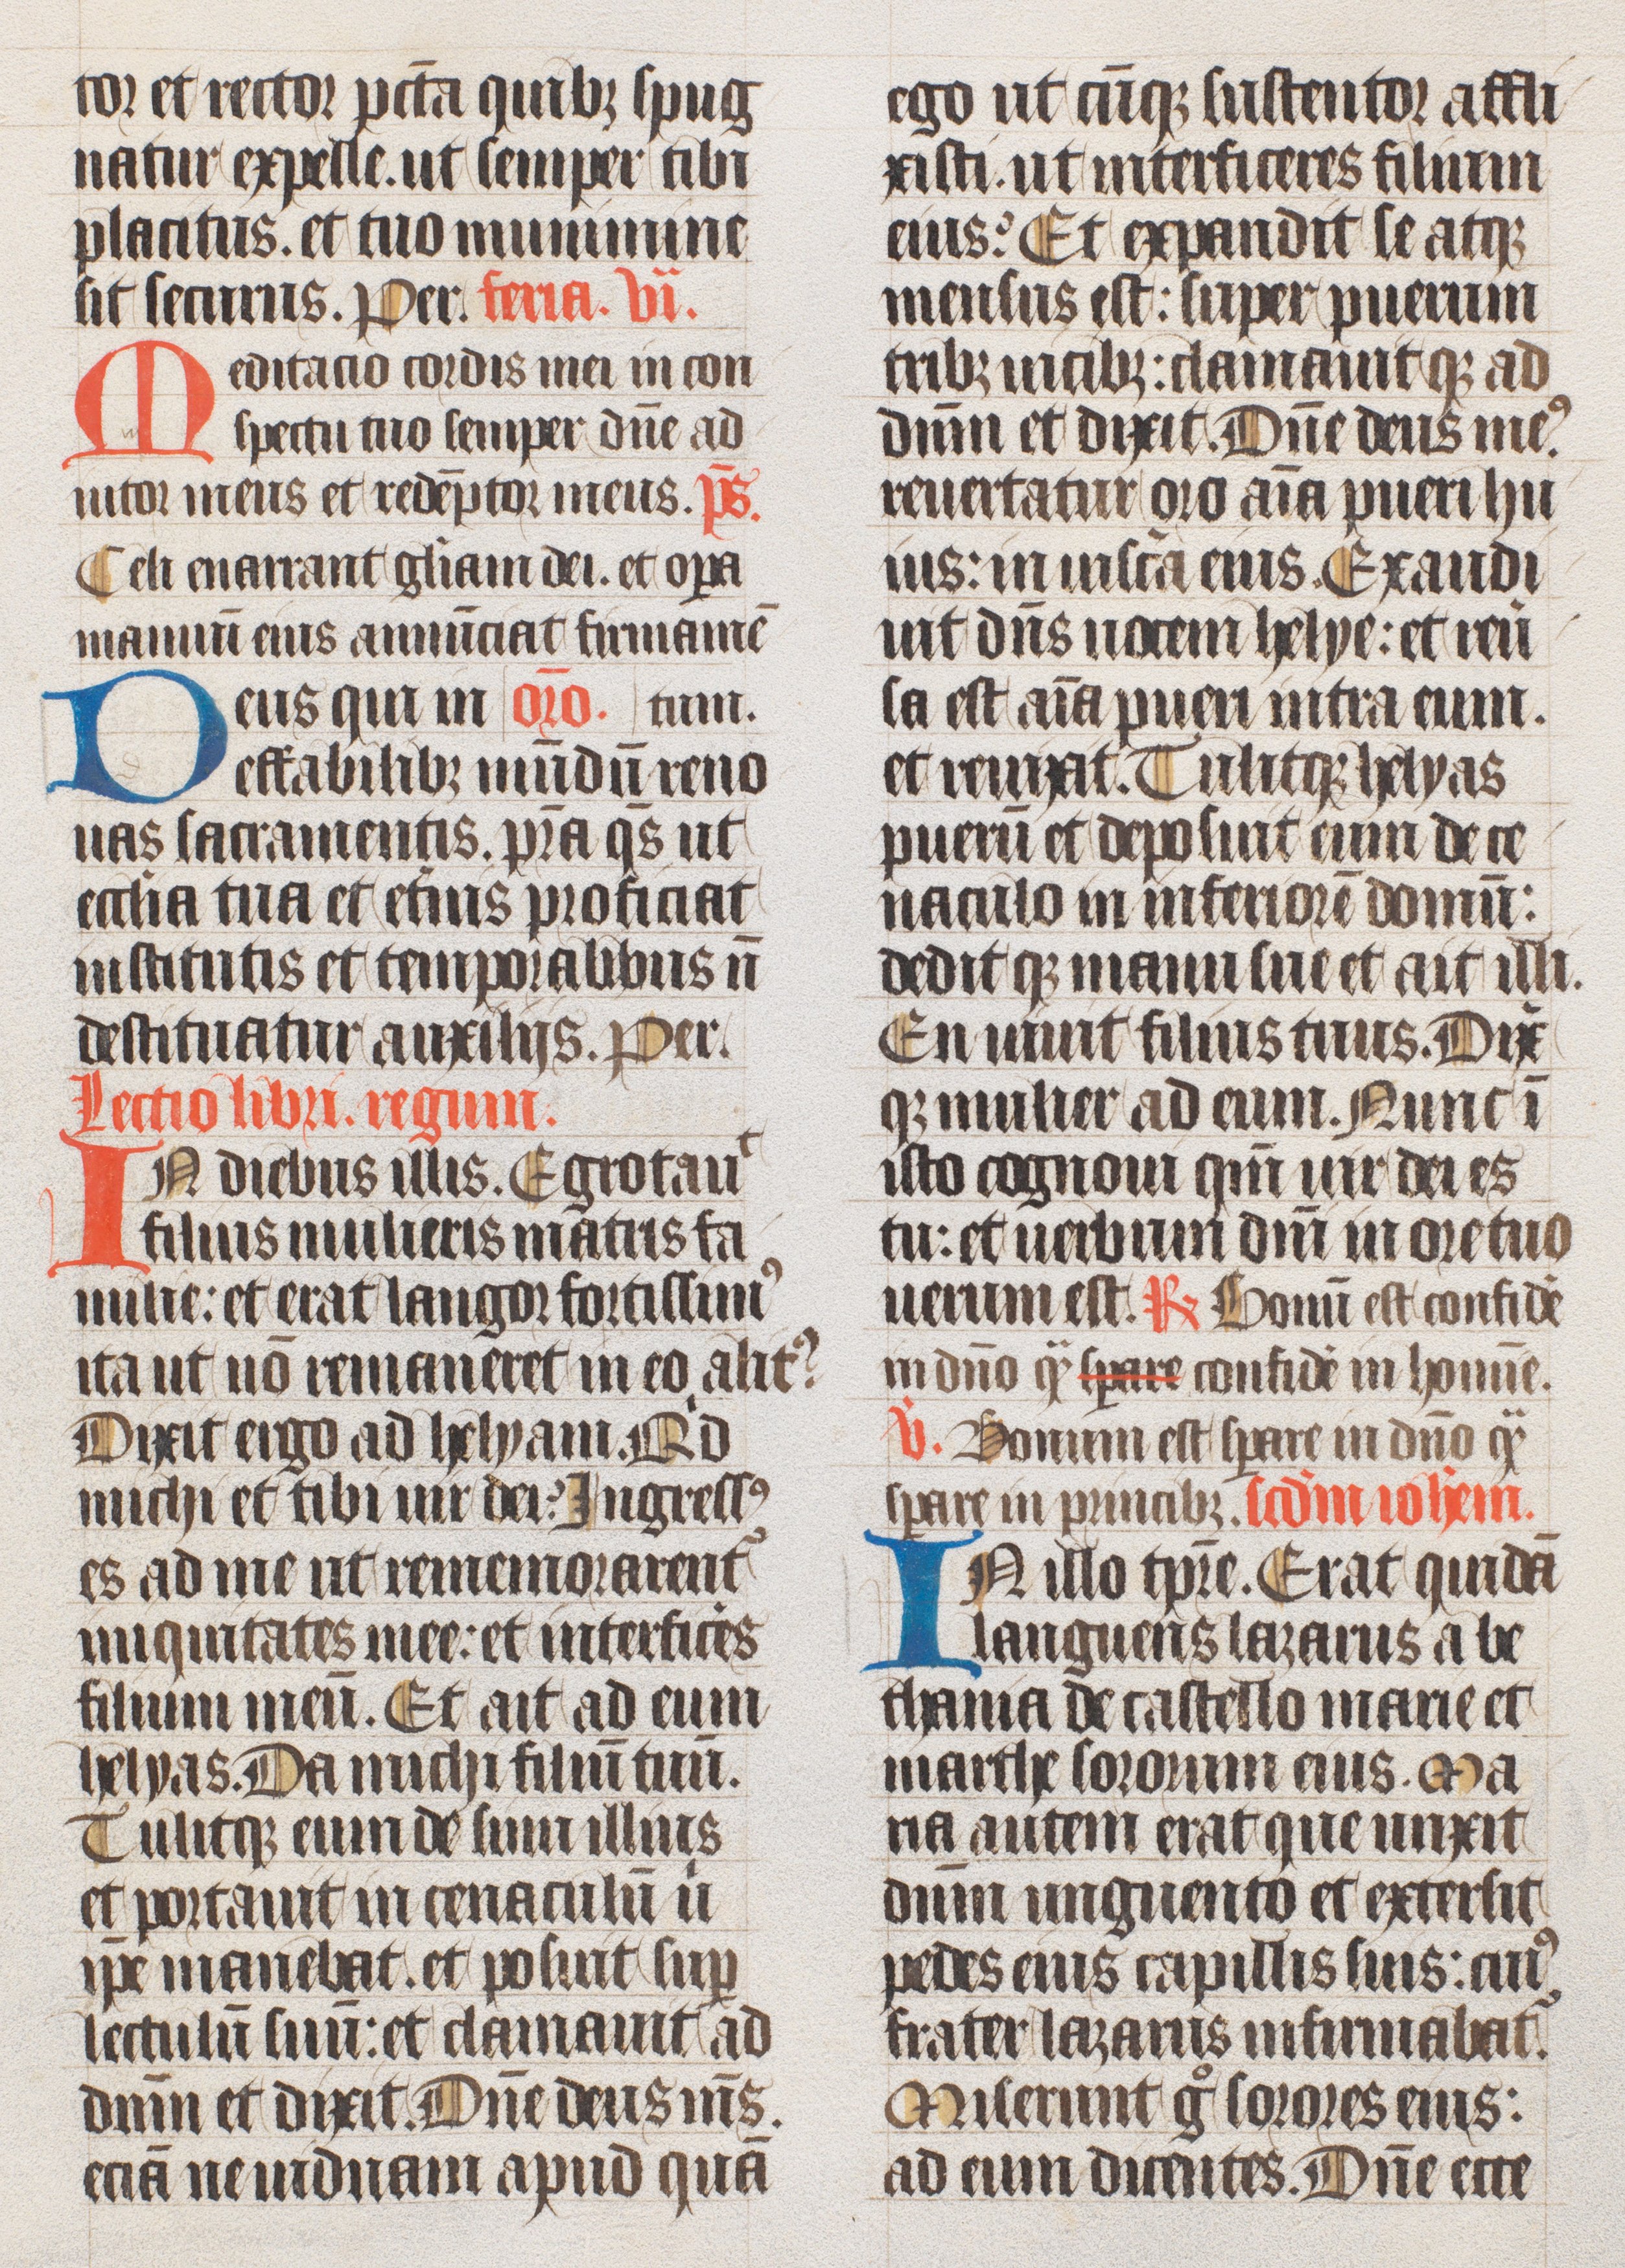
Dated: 1400–1499